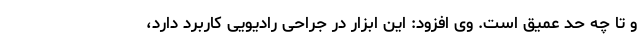
و تا چه حد عمیق است. وی افزود: این ابزار در جراحی رادیویی کاربرد دارد،